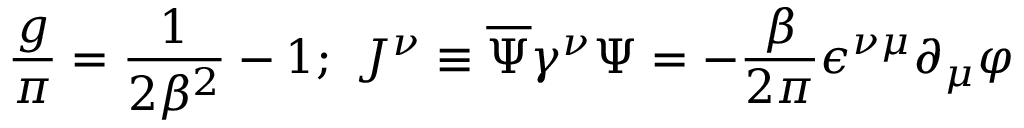
\frac { g } { \pi } = \frac { 1 } { 2 \beta ^ { 2 } } - 1 ; \ J ^ { \nu } \equiv \overline { { { \Psi } } } \gamma ^ { \nu } \Psi = - \frac { \beta } { 2 \pi } \epsilon ^ { \nu \mu } \partial _ { \mu } \varphi